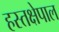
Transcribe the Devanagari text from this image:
हस्तक्षेपाल